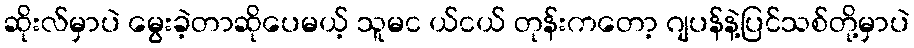
ဆိုးလ်မှာပဲ မွေးခဲ့တာဆိုပေမယ့် သူမင ယ်ငယ် တုန်းကတော့ ဂျပန်နဲ့ပြင်သစ်တို့မှာပဲ